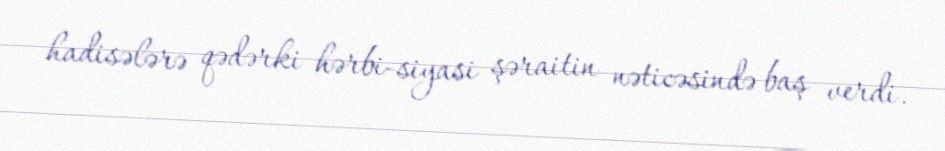
hadisələrə qədərki hərbi-siyasi şəraitin nəticəsində baş verdi.